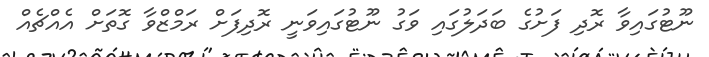
ނޫޓުގައިވާ ރޮދި ފަށުގެ ބަދަލުގައި ވަގު ނޫޓުގައިވަނީ ރޮދިފަށް ރަމްޒްވާ ގޮތަށް އެއްޗެއް